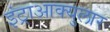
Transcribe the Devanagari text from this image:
इंट्राआक्युलार